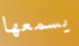
يسمعها